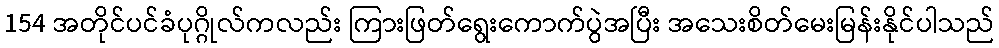
154 အတိုင်ပင်ခံပုဂ္ဂိုလ်ကလည်း ကြားဖြတ်ရွေးကောက်ပွဲအပြီး အသေးစိတ်မေးမြန်းနိုင်ပါသည်